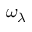
\omega _ { \lambda }